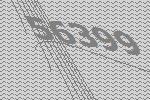
56399